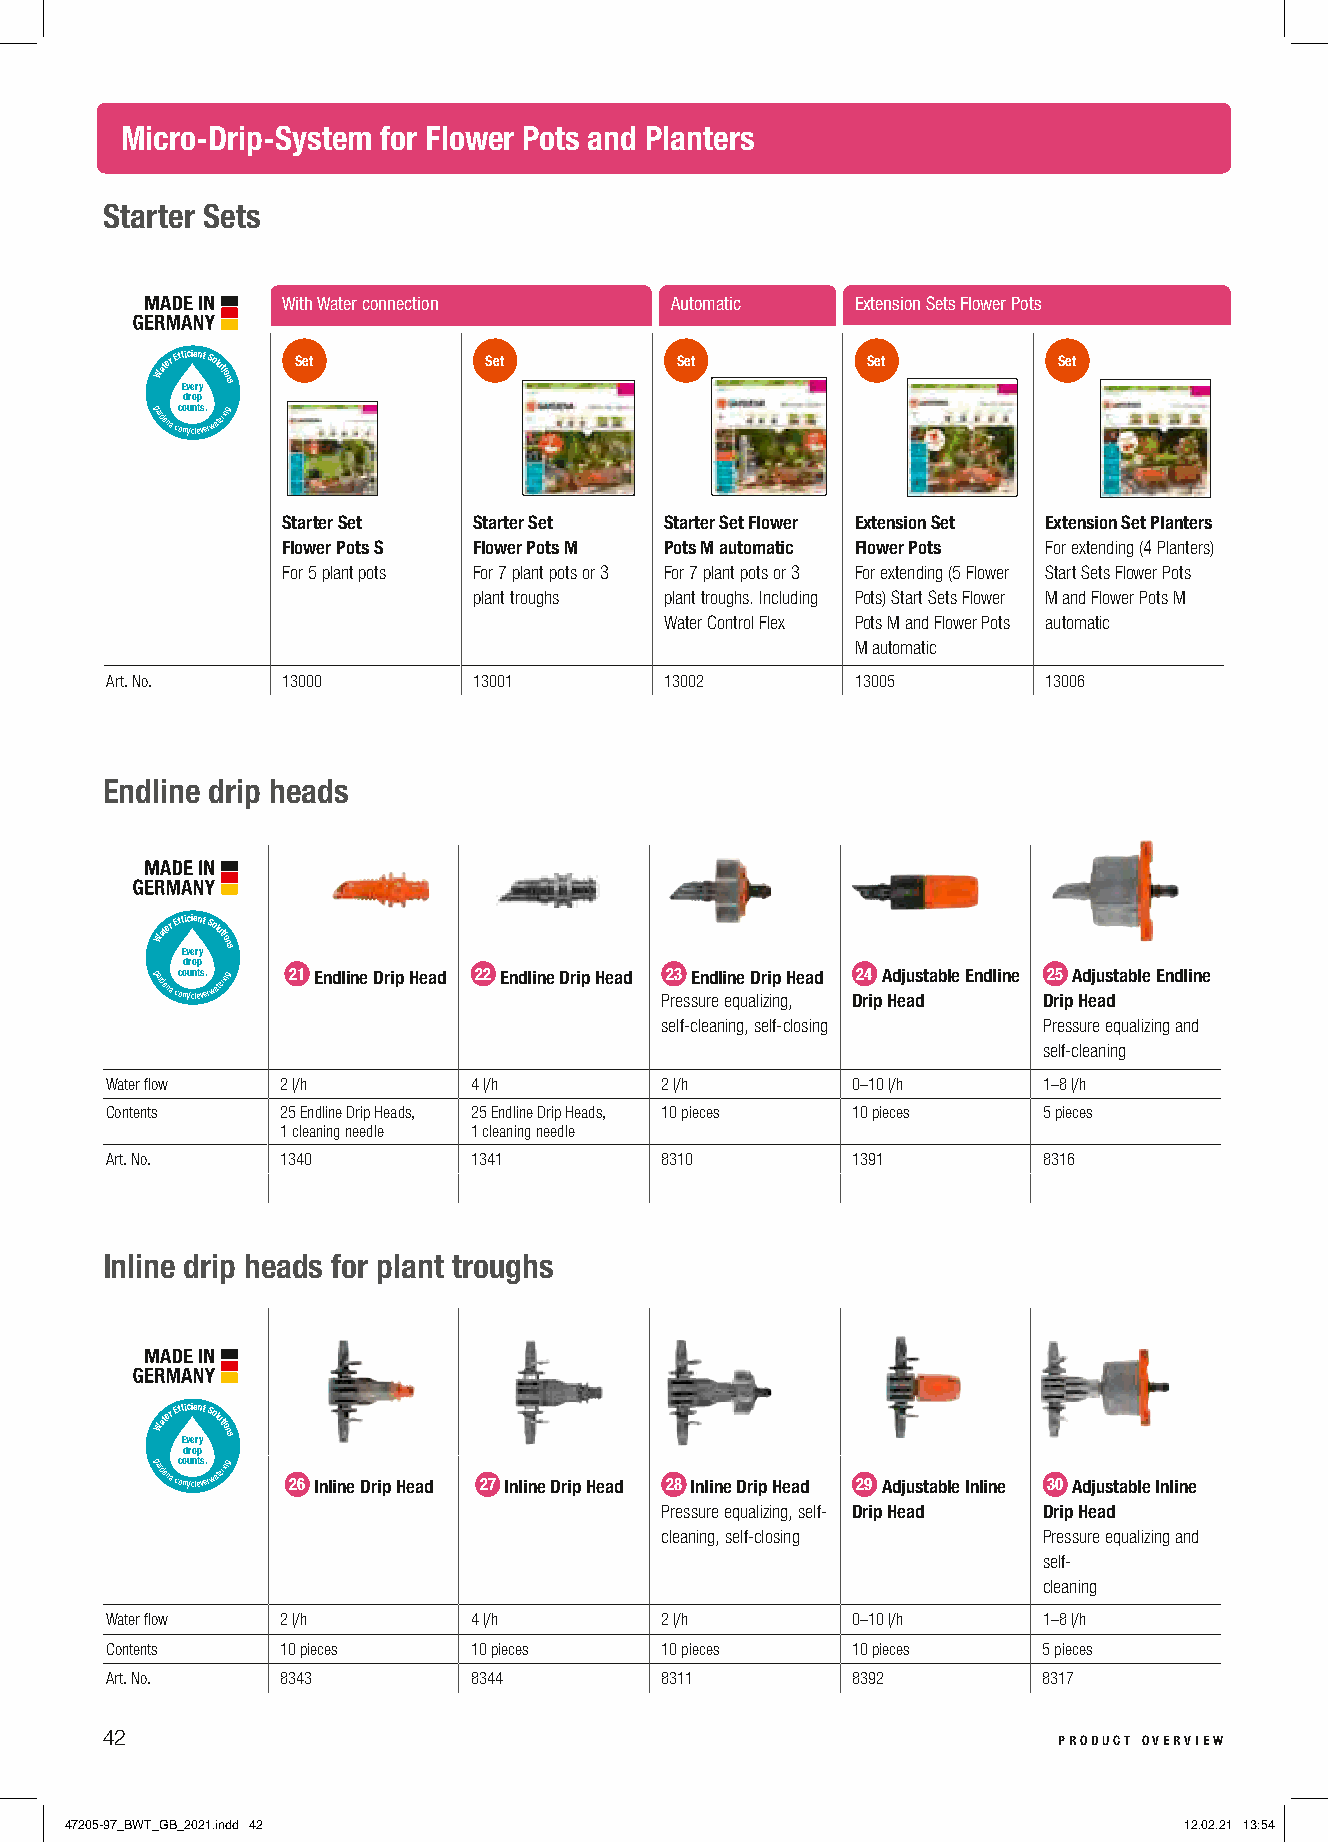
Micro-Drip-System for Flower Pots and Planters
 Starter Sets
 With Water connection    Automatic    Extension Sets Flower Pots
 Water Ef Ef di vc rei oe
 r
 pn yt Solutions Set Set         Set         Set          Set
 gardena.coc mou /cn lets v. erwatering
 Starter Set Starter Set  Starter Set Flower Extension Set Extension Set Planters
 Flower Pots S Flower Pots M Pots M automatic Flower Pots For extending (4 Planters)
 For 5 plant pots For 7 plant pots or 3 For 7 plant pots or 3 For extending (5 Flower Start Sets Flower Pots
 plant troughs plant troughs. Including Pots) Start Sets Flower M and Flower Pots M
 Water Control Flex Pots M and Flower Pots automatic
 M automatic
 Art. No.    13000       13001        13002        13005       13006
 Endline drip heads
 Water Ef Ef di vc rei oe
 r
 pn yt Solutions
 gardena.coc mou /cn lets v. erwatering 21 Endline Drip Head 22 Endline Drip Head P2 r3
 es
 sE un rd el i en qe
 u
 aD lir zi ip
 ng
 H
 ,
 e ad D2 r4
 ip
 A Hd eju as dt able Endline D2 r5
 ip
 A Hd eju as dt able Endline
 self-cleaning, self-closing Pressure equalizing and
 self-cleaning
 Water flow  2 l/h       4 l/h        2 l/h       0–10 l/h     1–8 l/h
 Contents    25 Endline Drip Heads, 25 Endline Drip Heads, 10 pieces 10 pieces 5 pieces
 1 cleaning needle 1 cleaning needle
 Art. No.    1340        1341         8310        1391         8316
 Inline drip heads for plant troughs
 Water Ef Ef di vc rei oe
 r
 pn yt Solutions
 gardena.coc mou /cn lets v. erwatering
 26 Inline Drip Head 27 Inline Drip Head 28 Inline Drip Head 29 Adjustable Inline 30 Adjustable Inline
 Pressure equalizing, self- Drip Head Drip Head
 cleaning, self-closing   Pressure equalizing and
 self-
 cleaning
 Water flow  2 l/h       4 l/h        2 l/h       0–10 l/h     1–8 l/h
 Contents    10 pieces   10 pieces    10 pieces   10 pieces    5 pieces
 Art. No.    8343        8344         8311        8392         8317
 42                                                             product overview
 47205-97_BWT_GB_2021.indd 42                                              12.02.21 13:54